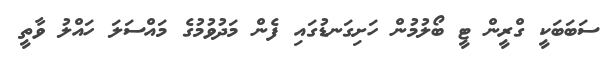
ސަބަބަކީ ގްރީން ޓީ ބޯލުމުން ހަށިގަނޑުގައި ފެން މަދުވުމުގެ މައްސަލަ ހައްލު ވާތީ